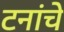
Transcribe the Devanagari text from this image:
टनांचे